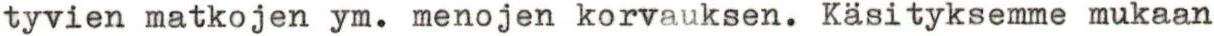
tyvien matkojen ym. menojen korvauksen. Käsityksemme mukaan